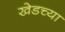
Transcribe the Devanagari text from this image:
खेडच्या